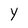
Character: Y